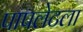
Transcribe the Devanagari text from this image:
पापलेटला